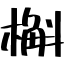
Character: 槲